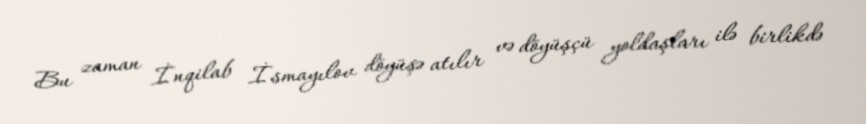
Bu zaman İnqilab İsmayılov döyüşə atılır və döyüşçü yoldaşları ilə birlikdə